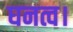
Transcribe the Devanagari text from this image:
घनत्व।